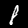
Digit: 8